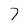
Character: 7